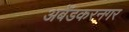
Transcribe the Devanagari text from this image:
अबेँडकरनगर